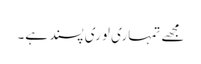
مجھے تمہاری لوری پسند ہے۔